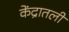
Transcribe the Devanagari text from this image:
केंद्रातली